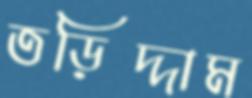
তড়িদ্দাম